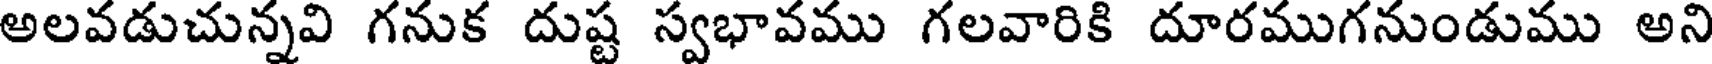
అలవడుచున్నవి గనుక దుష్ట స్వభావము గలవారికి దూరముగనుండుము అని